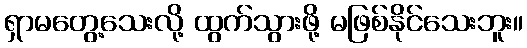
ရှာမတွေ့သေးလို့ ထွက်သွားဖို့ မဖြစ်နိုင်သေးဘူး။